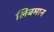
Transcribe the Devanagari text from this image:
लिबमान